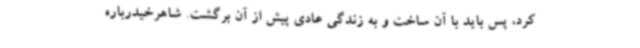
کرد، پس باید با آن ساخت و به زندگی عادی پیش از آن برگشت. شاهرخیدرباره